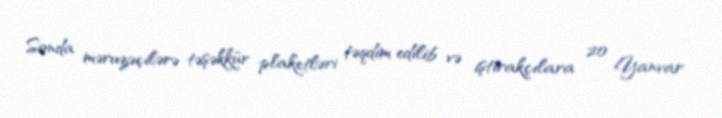
Sonda məruzəçilərə təşəkkür plaketləri təqdim edilib və iştirakçılara 20 Yanvar